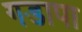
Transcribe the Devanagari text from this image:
गडापा